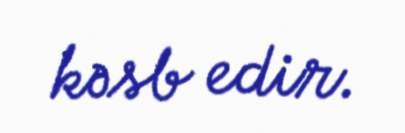
kəsb edir.